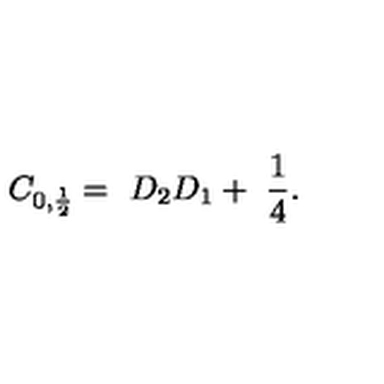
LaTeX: C _ { 0 , \frac { 1 } { 2 } } = \ D _ { 2 } D _ { 1 } + \ \frac { 1 } { 4 } .